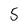
Character: 5